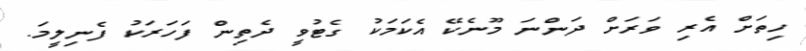
ހިތަށް އެރި ވަރަށް ދަންނަ މޫނެކޭ އެކަމަކު ގެޓުވީ ދެތިން ފަހަރަކު ފެނިލީމަ.